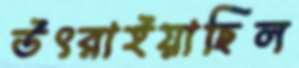
উৎরাইয়াছিল